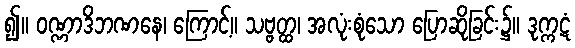
၍။ ဝဏ္ဏာဒိဘဏနေ၊ ကြောင့်။ သဗ္ဗတ္ထ၊ အလုံးစုံသော ပြောဆိုခြင်း၌။ ဒုက္ကဋံ